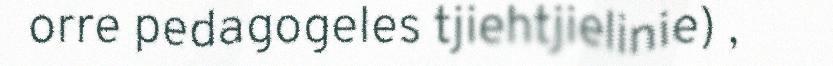
orre pedagogeles tjiehtjielinie) ,